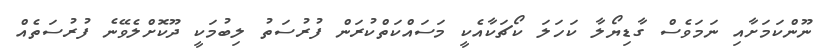
ނޫންކަމަށާއި ނަމަވެސް ގާޑިޔޯލާ ކަހަލަ ކޯޗަކާއެކީ މަސައްކަތްކުރަން ފުރުސަތު ލިބުމަކީ ދޫކޮށްލެވޭނެ ފުރުސަތެއް